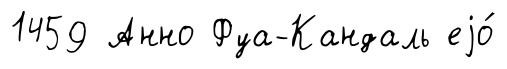
1459 Анно Фуа-Кандаль еjо́